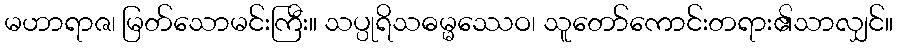
မဟာရာဇ၊ မြတ်သောမင်းကြီး။ သပ္ပုရိသဓမ္မဿေဝ၊ သူတော်ကောင်းတရား၏သာလျှင်။